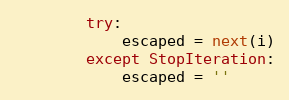
Language: Python
        try:
            escaped = next(i)
        except StopIteration:
            escaped = ''